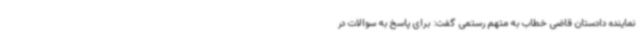
نماینده دادستان قاضی خطاب به متهم رستمی گفت: برای پاسخ به سوالات در